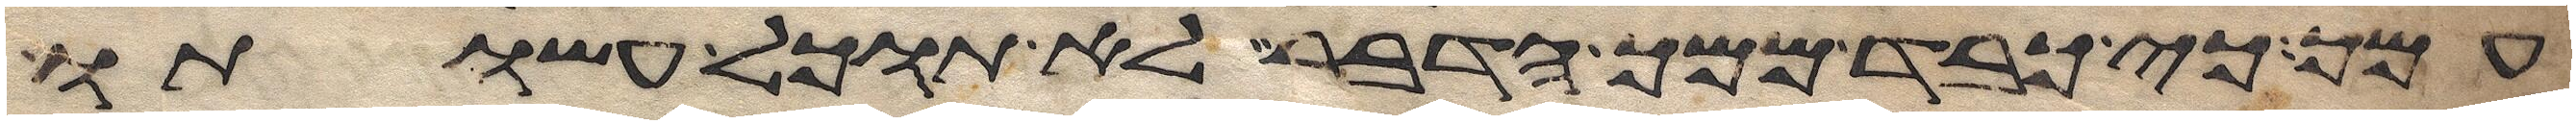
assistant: עמך כי כבד ממך הדבר לא תוכל עשותו